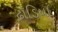
ઢૉડિયા